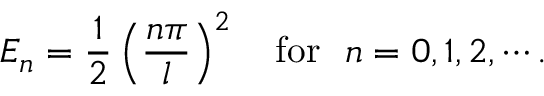
E _ { n } = \frac { 1 } { 2 } \left( \frac { n \pi } { l } \right) ^ { 2 } \quad \mathrm { f o r } ~ ~ n = 0 , 1 , 2 , \cdots .